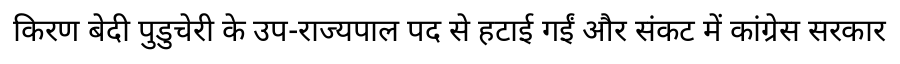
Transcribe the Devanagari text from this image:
किरण बेदी पुडुचेरी के उप-राज्यपाल पद से हटाई गईं और संकट में कांग्रेस सरकार